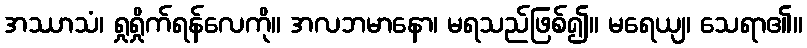
အဿာသံ၊ ရှုရှိုက်ရန်လေကို။ အလဘမာနော၊ မရသည်ဖြစ်၍။ မရေယျ၊ သေရာ၏။